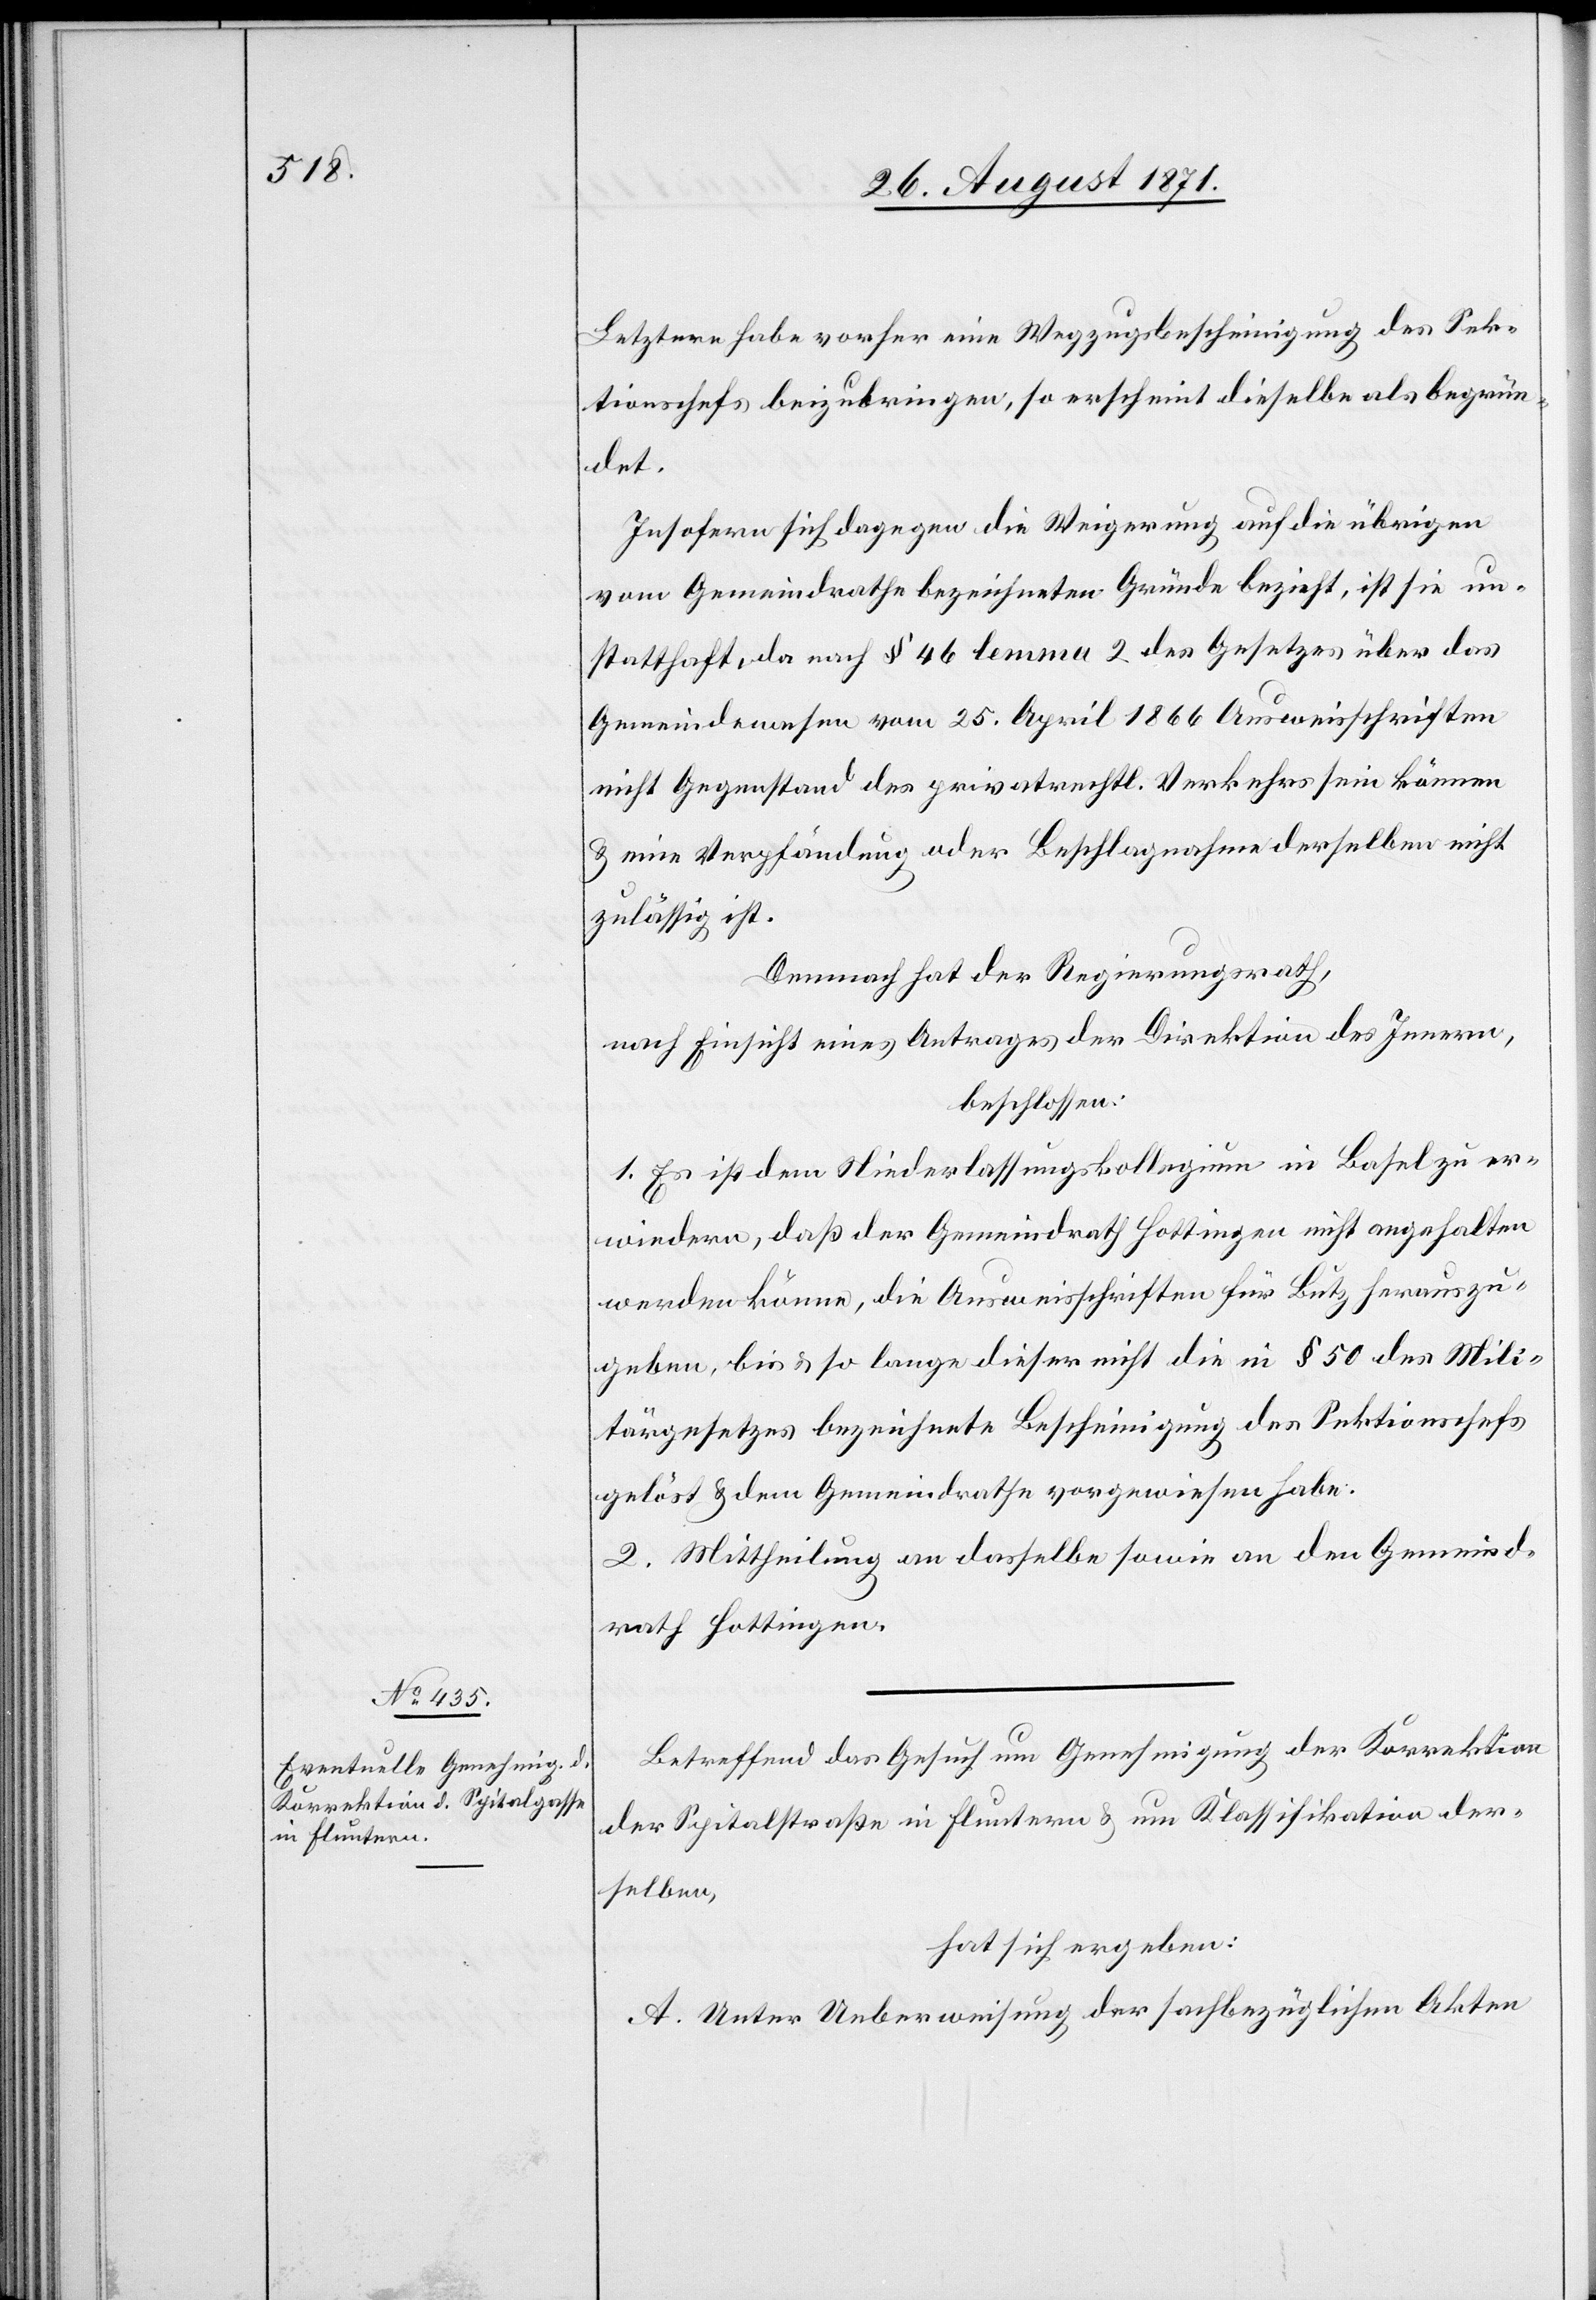
Letztere habe vorher eine Wegzugsbescheinigung des Sek¬
tionschefs beizubringen, so erscheint dieselbe als begrün¬
det.
Insofern sich dagegen die Weigerung auf die übrigen
vom Gemeindrath bezeichneten Gründe bezieht, ist sie un¬
statthaft, da nach § 46 lemma 2 des Gesetzes über das
Gemeindewesen vom 25. April 1866 Ausweisschriften
nicht Gegenstand des privatrechtl. Verkehrs sein können
& eine Verpfändung oder Beschlagnahme derselben nicht
zulässig ist.
Demnach hat der Regierungsrath,
nach Einsicht eines Antrages der Direktion des Innern,
beschlossen:
1. Es ist dem Niederlassungskollegium in Basel zu er¬
wiedern, daß der Gemeindrath Hottingen nicht angehalten
werden könne, die Ausweisschriften für Lutz herauszu¬
geben, bis & so lange dieser nicht die in § 50 des Mili¬
tärgesetzes bezeichnete Bescheinigung des Sektionschefs
gelöst & dem Gemeindrathe vorgewiesen habe.
2. Mittheilung an denselben sowie an den Gemeind¬
rath Hottingen.
Betreffend das Gesuch um Genehmigung der Korrektion
der Spitalstraße in Fluntern & um Klassifikation der¬
selben,
hat sich ergeben:
A. Unter Ueberweisung der sachbezüglichen Akten